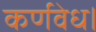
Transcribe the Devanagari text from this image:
कर्णवेध।